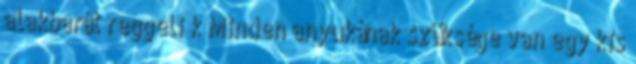
alakbarát reggeli k Minden anyukának szüksége van egy kis